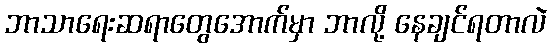
ဘာသာရေးဆရာတွေအောက်မှာ ဘာလို့ နေချင်ရတာလဲ